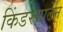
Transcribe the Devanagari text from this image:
किंडरगार्टेन